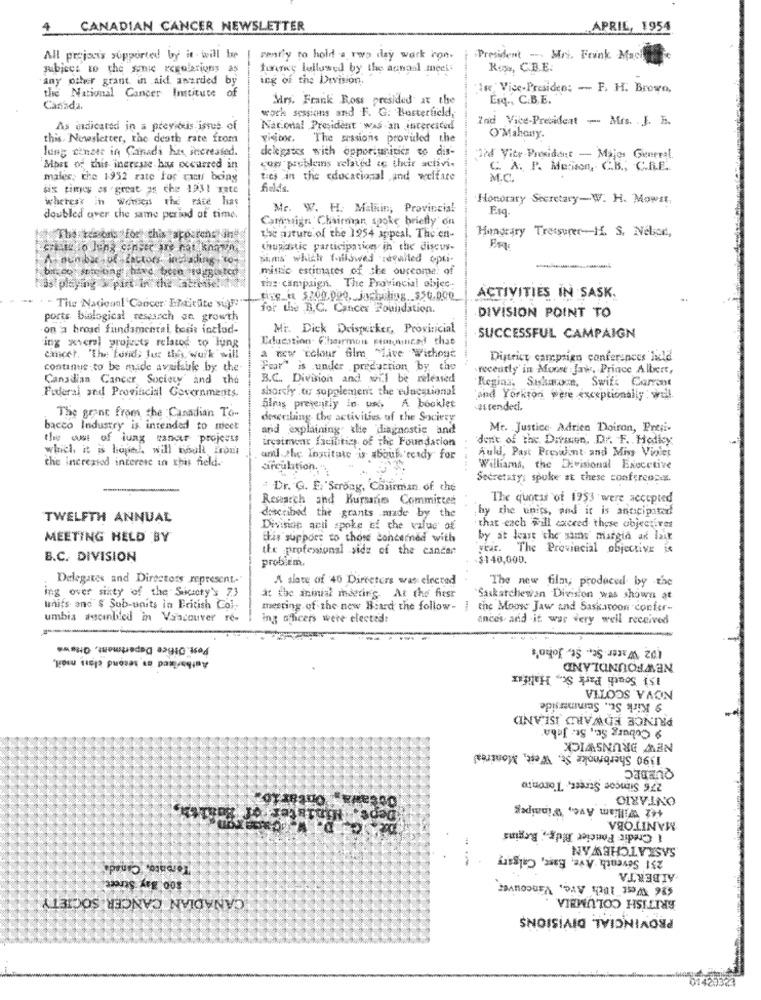
CANADIAN CANCER NEWSLETTER
.APRIL, 1954
All projects supported by it - will tre
rently to hold a rwo day work ron.
President - Mrs. Frink Mach
subject to the sonic regulations a
tunawy lellused by the aanaal meci
Ross, C.B.E.
any other grant in aid awarded by
ing of the Division.
of
Isx Vice-Presiden: - F. H. Brown,
the National Cancer Institute
Mrs. Frank Ross presided at the
Esq ., C.B.E.
Canada.
work sessions and F. G. Busterfield,
Ind Vice-President - Mrs. . J. E.
As indicated in a previous ismus of
Nac.onal President was an interested
this. Newsletter, the death rate from
vision, The sessions provided the
O'Mahouy.
lung cancer in Canada has increased.
delegates with opportunities so dis-
32d Vity-President - Majos General
Most of this ineresse has occurred in
con problems related &c their activi-
C A. P. Medison, C.B ., C.R.E ..
males, the 1952 rate for cas being
ties in the educacional and welfare
M.C.
six times os - great as che 1931 rate
felds.
wheres' in womens the rate has
Honorary Secretary-W. H. Mowst.
Mr. W. H. Malkin, Provincial
doubled over the same period of time.
Camaign 'Chairman, spoke briefly' on
Honorary Treasurer -- H. S. Nébor,
The teson's for this apostens Jh
the nature of the 1954 appeal. The en-
thupanic participarices in the discus-
Anun bac lof factors, including 197
sims which followed recalled oper.
mistic estimates of she ourcome: of
Has playing \ pint in the Cabrisel ft
the campaign. The Provincial objec.
ACTIVITIES IN SASK .
- The Nadieanl' Cancer Endirüte sigue
for the B.C. Cancer Foundation.
ports biologiest research an growth
DIVISION POINT TO
on a broad fundamental, boris inclod-
Mr. Dick Drisperker, Provinicial
Education. Chairman Fimyuncad that
SUCCESSFUL CAMPAIGN
ing where projects related to lung
cancer. "The fonds for thes work will
a new colour film MLive Without
District campaign conferences fuld
continue to be made available by the
Fear" is under preduction, by the
recently'in Moose Jaw, Prince Albert,
Canadian Cancer Society' and the
B.C .. Division and wil be released
Regias, Saskavoce, Swift Carrent
shortly to supplement the educational
Federal sed Provincial Governments.
and Yorkton were exceptionally will
Sims presently in uso A booklet
as rendedi.
The grant from the Canadian To-
describing the activities of the Society
bacco Industry is intended to meet
and explaining the diagnostic and
Mt. . Justice. Adrien Doiron, Preni-
the use of lung cancer projeess
irceimear facilities of the Foundation
don't of the Division, Dr. F. Holky
which it is hopel will noull Iront
the increased interese in this field.
and the Institute is about ready for
Auldl, Past Preswint and Miss Vinter
circulation."
....
Williams, the Divisional Executive
Secretatys spoke at these confereopes.
Dr. G. F. Strong, Chairman of the
Research and Kursanes Committer
The quotas of 1953 were accepted
by the units, and it is anticipated
TWELFTH ANNUAL
described the grants made by the
Division acil spoke of che value of
that each will caceed these objectives
MEETING HELD BY
this support to those concerned with
by at least the sims margin ar laik
the profesional side of the cancer
year. The Provincial objective is
B.C. DIVISION
probitm.
$140,000.
Delegates and Directors represent.
A slate of 45 Directors was elected
The new filay produced by the
ing over sixty of the society's 73
at the aninial mdetin's At the fiesr
Saskatchewan Division was shown at
units and $ Sub-units in British Col,
meeting of the new Board the follow- } the Moose Jaw and Saskatoon confer-
umbia ascinbled in Vancouver re-
ing officers were elected:
ances and it was very well received
102 Water St. St. John's
NEWFOUNDLAND
151 South Park Sc ., Halifax
NOVA SCOTIA
9 Kirk St ., Suinmerside
PRINCE EDWARD ISLAND
9 Coburg Sc ., St. Jaha
1390 Sherbrooke St, West, Montreal
QUEBEC
276 Simcoe Street, Toronto
OLYVINO
442 William Ave, Winnipeg
MANITOBA
1 Credit Foncier Bidr ., Begins
SASKATCHEWAN
231 Seventh Ave, Base, Calgary
Torbato, Canada
800, Bay Street.
$26 West 10ch Are, Vancouver
ALBERTA
CANADIAN CANCER SOCIETY
BRITISH COLUMBIA
PROVINCIAL DIVISIONS